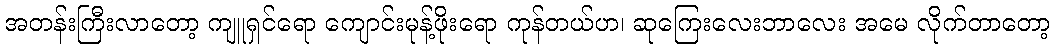
အတန်းကြီးလာတော့ ကျူရှင်ရော ကျောင်းမုန့်ဖိုးရော ကုန်တယ်ဟ၊ ဆုကြေးလေးဘာလေး အမေ လိုက်တာတော့